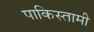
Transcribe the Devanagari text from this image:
पाकिस्तामी